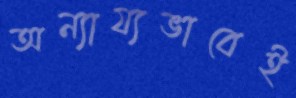
অন্যায্যভাবেই